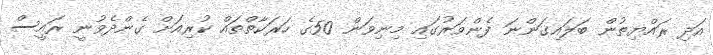
އަދި ރައްޔިތުން ބަލައިގަންނަ ފެންވަރުގައި މިނިވަން 50ގެ ހަރަކާތްތައް ކުރިއަށް ގެންދެވުނީ ރައީސް